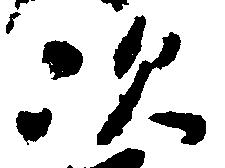
次